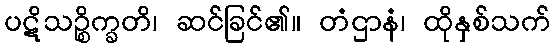
ပဋိသဉ္စိက္ခတိ၊ ဆင်ခြင်၏။ တံဌာနံ၊ ထိုနှစ်သက်